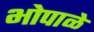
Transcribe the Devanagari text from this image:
भोपाळे